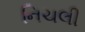
નિચલી